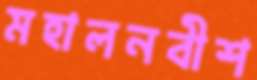
মহালনবীশ